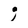
Character: i